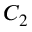
C _ { 2 }